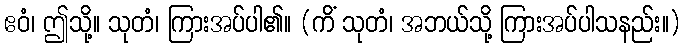
ဧဝံ၊ ဤသို့။ သုတံ၊ ကြားအပ်ပါ၏။ (ကိံ သုတံ၊ အဘယ်သို့ ကြားအပ်ပါသနည်း။)